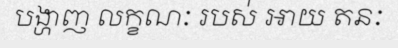
បង្ហាញ លក្ខណៈ របស់ អាយ តនៈ